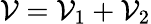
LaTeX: \mathcal{V}=\mathcal{V}_{1}+\mathcal{V}_{2}